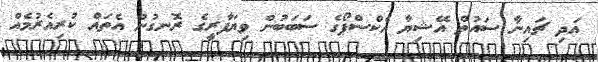
އަދި ޗައިނާ ސައުތް އޭޝިޔާ އެކްސްޕޯގެ ސަބަބުން ވިޔަފާރީގެ ރޮނގުން އެތައް ކުރިއެރުމެއް